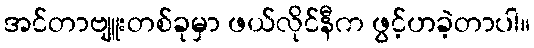
အင်တာဗျူးတစ်ခုမှာ ဖယ်လိုင်နီက ဖွင့်ဟခဲ့တာပါ။